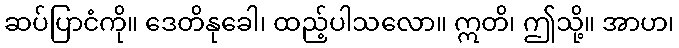
ဆပ်ပြာငံကို။ ဒေတိနုခေါ၊ ထည့်ပါသလော။ ဣတိ၊ ဤသို့။ အာဟ၊